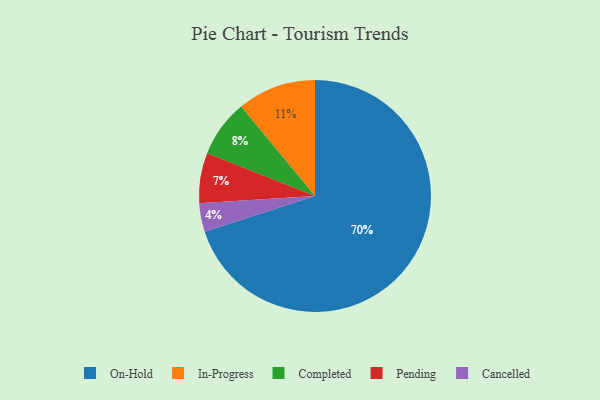
{"axis": {"x": "Category", "y": "Percentage"}, "legend": ["Cancelled", "Completed", "In-Progress", "On-Hold", "Pending"], "data": [{"x": "Completed", "y": 8, "type": "Completed"}, {"x": "In-Progress", "y": 11, "type": "In-Progress"}, {"x": "Pending", "y": 7, "type": "Pending"}, {"x": "On-Hold", "y": 70, "type": "On-Hold"}, {"x": "Cancelled", "y": 4, "type": "Cancelled"}]}